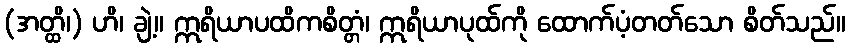
(အတ္ထိ၊) ဟိ၊ ချဲ့။ ဣရိယာပထိကစိတ္တံ၊ ဣရိယာပုထ်ကို ထောက်ပံ့တတ်သော စိတ်သည်။